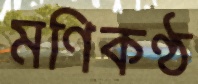
মণিকণ্ঠ